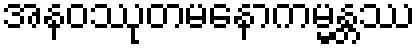
အနဝဿုတမနောကမ္မန္တဿ